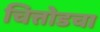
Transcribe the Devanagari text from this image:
चित्तोडचा